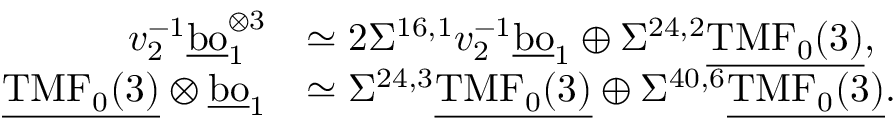
\begin{array} { r l } { v _ { 2 } ^ { - 1 } \underline { { \mathrm { b o } } } _ { 1 } ^ { \otimes 3 } } & { \simeq 2 \Sigma ^ { 1 6 , 1 } v _ { 2 } ^ { - 1 } \underline { { \mathrm { b o } } } _ { 1 } \oplus \Sigma ^ { 2 4 , 2 } \underline { { \mathrm { T M F } _ { 0 } ( 3 ) } } , } \\ { \underline { { \mathrm { T M F } _ { 0 } ( 3 ) } } \otimes \underline { { \mathrm { b o } } } _ { 1 } } & { \simeq \Sigma ^ { 2 4 , 3 } \underline { { \mathrm { T M F } _ { 0 } ( 3 ) } } \oplus \Sigma ^ { 4 0 , 6 } \underline { { \mathrm { T M F } _ { 0 } ( 3 ) } } . } \end{array}